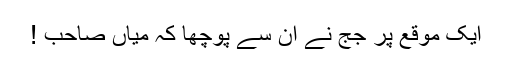
ایک موقع پر جج نے ان سے پوچھا کہ میاں صاحب !